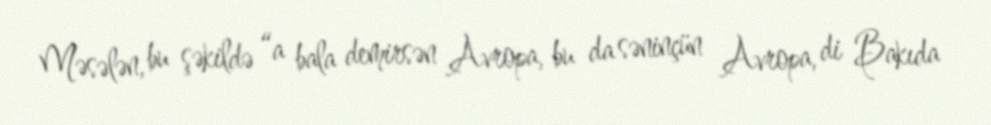
Məsələn, bu şəkildə “a bala demirsən Avropa, bu da səninçün Avropa, di Bakıda